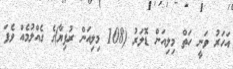
އަހަރު ވަނީ ހަތް މިލިއަން ޑޮލަރު (108 މިލިއަން ރުފިޔާ)ގެ ގެއްލުމެއް ވެފަ